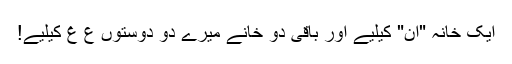
ایک خانہ "اُن" کیلیے اور باقی دو خانے میرے دو دوستوں ع غ کیلیے!